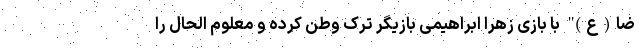
ضا(ع)" با بازی زهرا ابراهیمی بازیگر ترک وطن کرده و معلوم الحال را